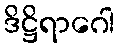
ဒိဋ္ဌိရာဂေါ